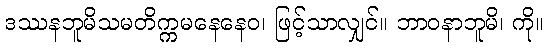
ဒဿနဘူမိသမတိက္ကမနေနေဝ၊ ဖြင့်သာလျှင်။ ဘာဝနာဘူမိ၊ ကို။